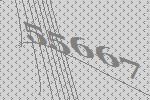
55667